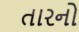
તારનો